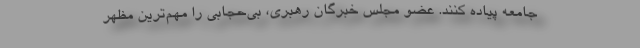
جامعه پیاده کنند. عضو مجلس خبرگان رهبری، بی‌حجابی را مهم‌ترین مظهر